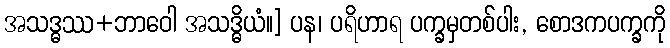
အသဒ္ဓဿ+ဘာဝေါ အသဒ္ဓိယံ။] ပန၊ ပရိဟာရ ပက္ခမှတစ်ပါး, စောဒကပက္ခကို